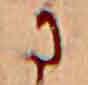
に